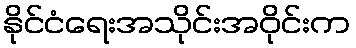
နိုင်ငံရေးအသိုင်းအဝိုင်းက